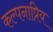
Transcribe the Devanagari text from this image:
कल्पनाप्रिय